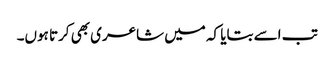
تب اسے بتایا کہ میں شاعری بھی کرتا ہوں۔